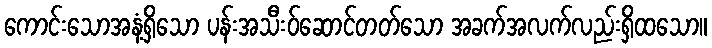
ကောင်းသောအနံ့ရှိသော ပန်းအသီးဝ်ဆောင်တတ်သော အခက်အလက်လည်းရှိထသော။